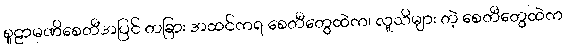
စူဠာမဏိစေတီအပြင် တခြား အထင်ကရ စေတီတွေထဲက၊ လူသိများ တဲ့ စေတီတွေထဲက